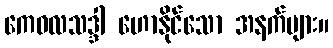
ကေဝလသဒ္ဒါ ဟောနိုင်သော အနက်များ။